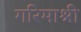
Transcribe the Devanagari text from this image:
गरिमाश्री